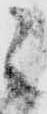
ニ